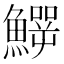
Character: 𩻙